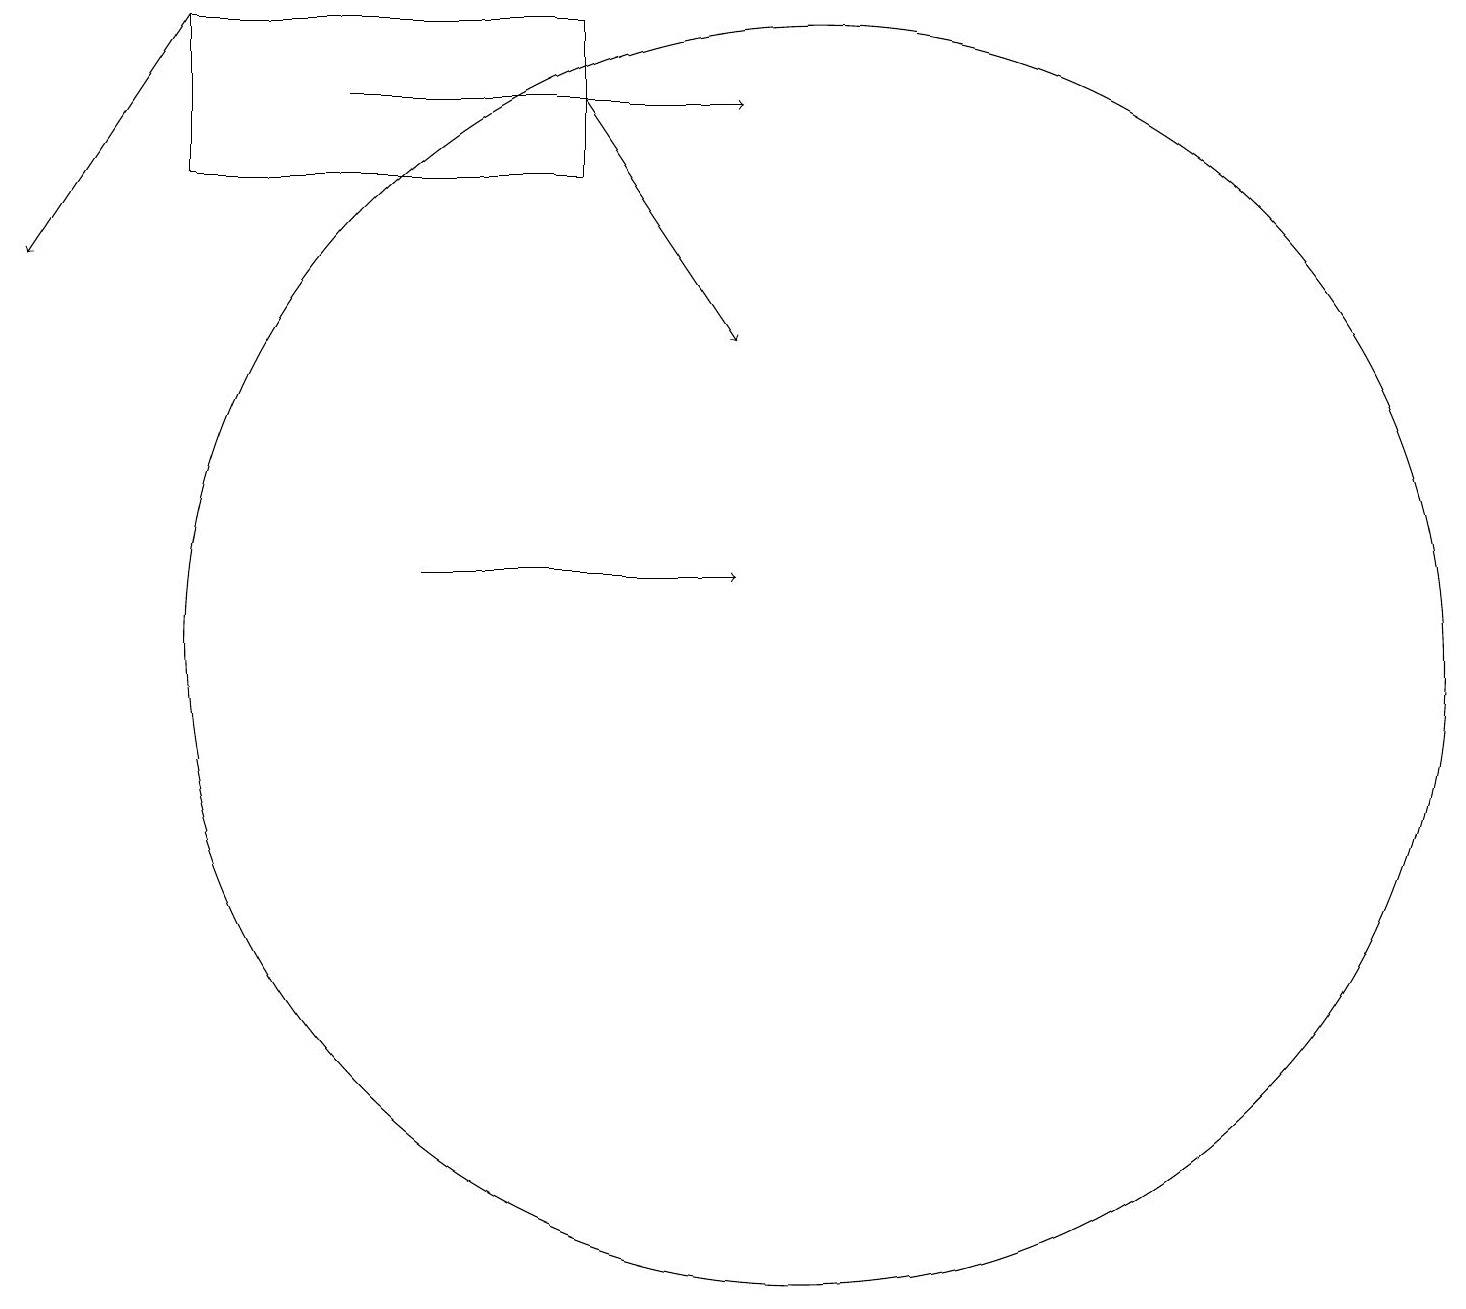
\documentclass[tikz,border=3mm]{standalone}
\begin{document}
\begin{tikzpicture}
\draw (7,19) rectangle (2,17);
\draw[->] (2,19) -- (0,16);
\draw (10,11) circle (8);
\draw[->] (5,12) -- (9,12);
\draw[->] (7,18) -- (9,15);
\draw[->] (4,18) -- (9,18);
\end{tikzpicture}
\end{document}